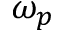
\omega _ { p }